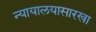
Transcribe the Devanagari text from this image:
न्यायालयासारखा